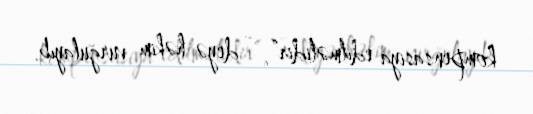
kompensasiya edilməlidir”, - deyə həkim vurğulayıb.